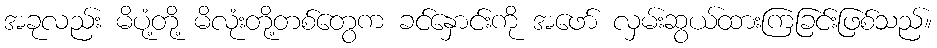
အခုလည်း မိပုံ့တို့ မိလုံးတို့တစ်တွေက ခင်နှောင်းကို အဖော် လှမ်းဆွယ်ထားကြခြင်းဖြစ်သည်။